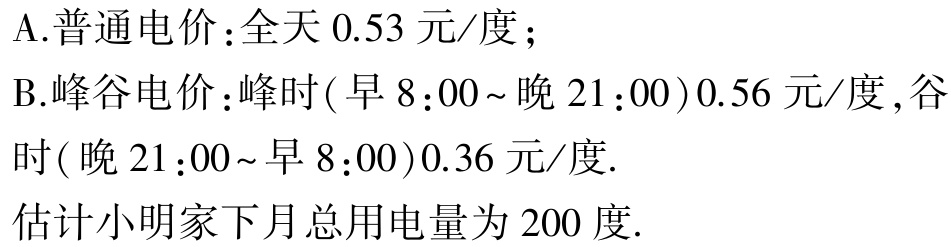
A.普通电价：全天 \(0.53\) 元/度；
B.峰谷电价：峰时(早 \(8:00\)~晚 \(21:00\)) \(0.56\) 元/度,谷时(晚 \(21:00\)~早 \(8:00\)) \(0.36\) 元/度.
估计小明家下月总用电量为 \(200\) 度.